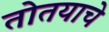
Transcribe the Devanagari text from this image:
तोतयाचे